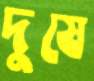
দুষে